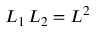
L _ { 1 } \, L _ { 2 } = L ^ { 2 }